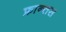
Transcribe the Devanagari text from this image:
फ्रान्तस